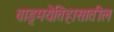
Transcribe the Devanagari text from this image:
वाङ्‌मयेतिहासातील